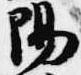
陽